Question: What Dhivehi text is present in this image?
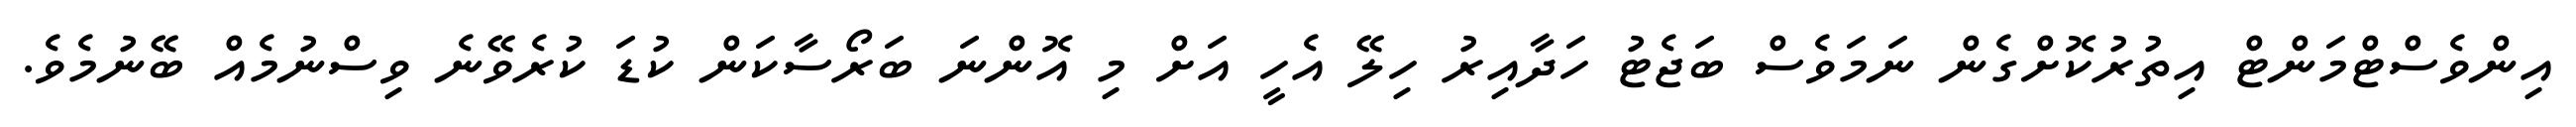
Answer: އިންވެސްޓްމަންޓް އިތުރުކޮށްގެން ނަމަވެސް ބަޖެޓު ހަދާއިރު ހިލޭ އެހީ އަށް މި އޮންނަ ބަރޯސާކަން ކުޑަ ކުރެވޭނެ ވިސްނުމެއް ބޭނުމެވެ.